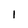
Character: 1